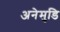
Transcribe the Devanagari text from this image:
अनेमुडि